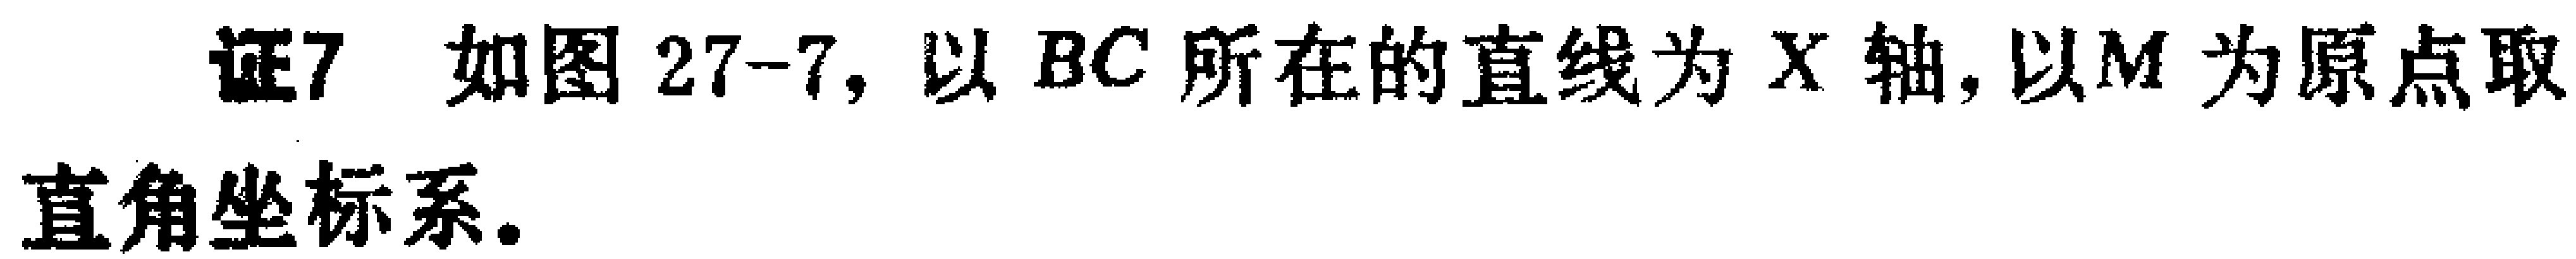
证7 如图27-7, 以 \(BC\) 所在的直线为 \(X\) 轴, 以 \(M\) 为原点取直角坐标系.